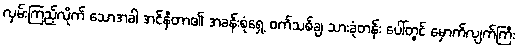
လှမ်းကြည့်လိုက် သောအခါ အင်နီတာ၏ အခန်းစုံရှေ့ ဝက်သစ်ချ သားခုံတန်း ပေါ်တွင် မှောက်လျက်ကြီး